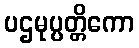
ပဌမုပ္ပတ္တိကော